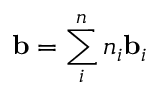
\mathbf { b } = \sum _ { i } ^ { n } n _ { i } \mathbf { b } _ { i }